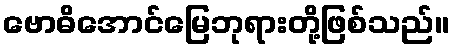
ဗောဓိအောင်မြေဘုရားတို့ဖြစ်သည်။